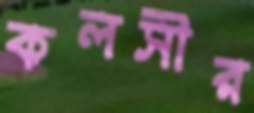
কলসীর